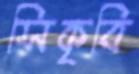
সিকৃবি